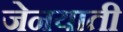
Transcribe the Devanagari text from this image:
जेनयाती